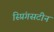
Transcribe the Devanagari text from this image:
स्प्रिंगसटीन